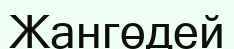
Жангөдей